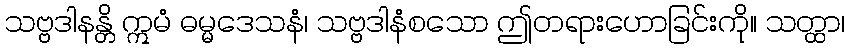
သဗ္ဗဒါနန္တိ ဣမံ ဓမ္မဒေသနံ၊ သဗ္ဗဒါနံစသော ဤတရားဟောခြင်းကို။ သတ္ထာ၊